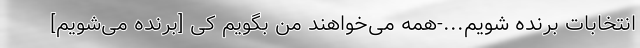
انتخابات برنده شویم...-همه می‌خواهند من بگویم کِی [برنده می‌شویم]